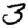
Digit: 3